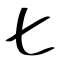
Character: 匕